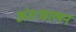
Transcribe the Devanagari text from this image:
अंतःचालन